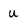
Character: U